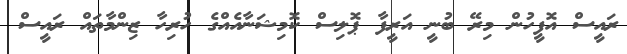
ރައީސް އޮފީހުން މިރޭ ބުނީ އަރީފާ ޕޮލިސް ކޮމިޝަނާއެއްގެ ހުރިހާ ޒިންމާތައް ރައީސް